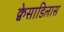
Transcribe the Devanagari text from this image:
क्वेसाडिलास